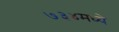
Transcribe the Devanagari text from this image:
७३४मध्ये